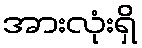
အားလုံးရှိ